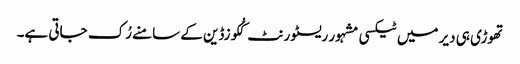
تھوڑی ہی دیر میں ٹیکسی مشہور ریسٹورنٹ کُکوزڈین کے سامنے رُک جاتی ہے۔